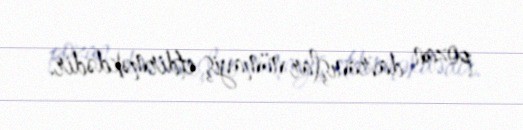
pozan davranışlar nümayiş etdirməkdədir.